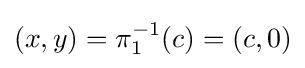
(x,y)=\pi _{1}^{-1}(c)=(c,0)